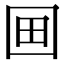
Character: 𡇍